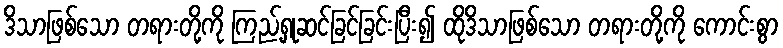
ဒိသာဖြစ်သော တရားတို့ကို ကြည့်ရှုဆင်ခြင်ခြင်းပြီး၍ ထိုဒိသာဖြစ်သော တရားတို့ကို ကောင်းစွာ